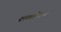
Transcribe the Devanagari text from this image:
शक्तीरूप